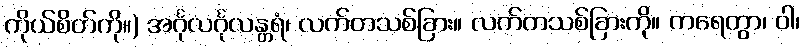
ကိုယ်စိတ်ကို။) အင်္ဂုလင်္ဂုလန္တရံ၊ လက်တသစ်ခြား။ လက်တသစ်ခြားကို။ ကရေတွာ၊ ဝါ၊